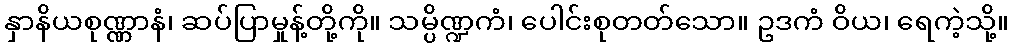
နှာနိယစုဏ္ဏာနံ၊ ဆပ်ပြာမှုန့်တို့ကို။ သမ္ပိဏ္ဍကံ၊ ပေါင်းစုတတ်သော။ ဥဒကံ ဝိယ၊ ရေကဲ့သို့။